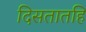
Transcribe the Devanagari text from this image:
दिसतातहि